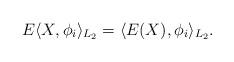
LaTeX: \begin{align*}E \langle X, \phi_i \rangle_{L_2} = \langle E(X), \phi_i \rangle_{L_2}.\end{align*}